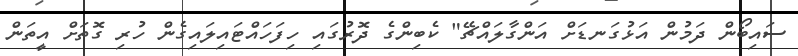
ސައިބޯން ދަމުން އަޅުގަނޑަށް އަންގާލައްޗޭ" ކެބިންގެ ދޮރުގައި ހިފަހައްޓައިލައިގެން ހުރި ގޮތަށް އީތަން